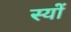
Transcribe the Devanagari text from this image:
स्यों